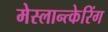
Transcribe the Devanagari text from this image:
मेस्लान्त्केरिंग